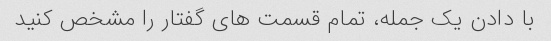
با دادن یک جمله، تمام قسمت های گفتار را مشخص کنید